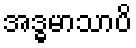
အဒ္ဓမာသာပိ